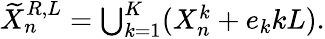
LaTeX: \begin{array}{r}{\widetilde X_{n}^{R,L}=\bigcup_{k=1}^{K}(X_{n}^{k}+e_{k}kL).}\end{array}